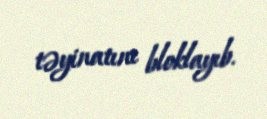
təyinatını bloklayıb.